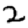
Digit: 2